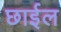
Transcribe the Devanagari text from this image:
छार्इल